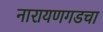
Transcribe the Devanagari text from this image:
नारायणगडचा